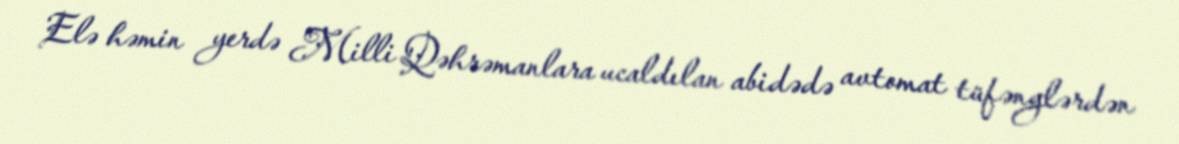
Elə həmin yerdə Milli Qəhrəmanlara ucaldılan abidədə avtomat tüfənglərdən